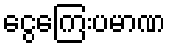
ငွေကြေးပမာဏ